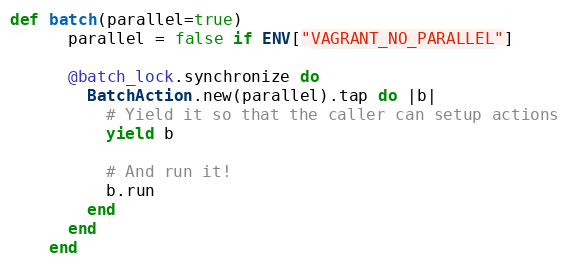
Language: Ruby
def batch(parallel=true)
      parallel = false if ENV["VAGRANT_NO_PARALLEL"]

      @batch_lock.synchronize do
        BatchAction.new(parallel).tap do |b|
          # Yield it so that the caller can setup actions
          yield b

          # And run it!
          b.run
        end
      end
    end